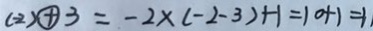
( - 2 ) \textcircled { + } 3 = - 2 \times ( - 2 - 3 ) + 1 = 1 0 + 1 = 1